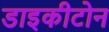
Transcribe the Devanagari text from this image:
डाइकीटोन